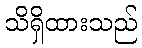
သိရှိထားသည်